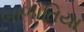
બાળોતિયા